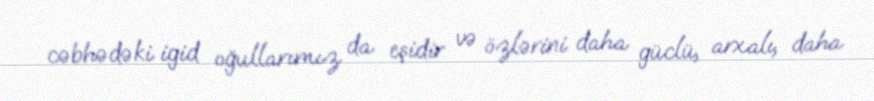
cəbhədəki igid oğullarımız da eşidir və özlərini daha güclü, arxalı, daha